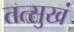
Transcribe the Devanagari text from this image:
तत्सुखं